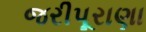
જરીપૂરાણા